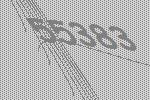
55383